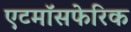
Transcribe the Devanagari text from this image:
एटमॉसफेरिक